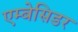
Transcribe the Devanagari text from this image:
एम्बेसिडर